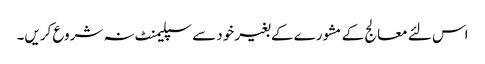
اس لئے معالج کے مشورے کے بغیر خود سے سپلیمنٹ نہ شروع کریں۔